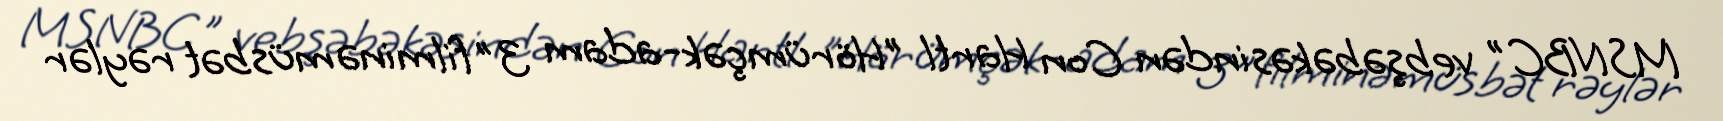
MSNBC" vebşəbəkəsindən Con Hartl "Hörümçək-adam 3" filminə müsbət rəylər